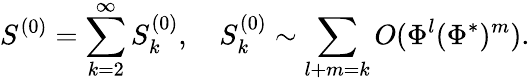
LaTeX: S^{(0)}=\sum_{k=2}^{\infty}S_{k}^{(0)},\quad S_{k}^{(0)}\sim\sum_{l+m=k}O(\Phi^{l}(\Phi^{*})^{m}).